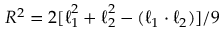
R ^ { 2 } = 2 [ \boldsymbol { \ell } _ { 1 } ^ { 2 } + \boldsymbol { \ell } _ { 2 } ^ { 2 } - ( \boldsymbol { \ell } _ { 1 } \cdot \boldsymbol { \ell } _ { 2 } ) ] / 9